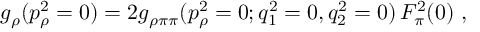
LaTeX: g _ { \rho } ( p _ { \rho } ^ { 2 } = 0 ) = 2 g _ { \rho \pi \pi } ( p _ { \rho } ^ { 2 } = 0 ; q _ { 1 } ^ { 2 } = 0 , q _ { 2 } ^ { 2 } = 0 ) \, F _ { \pi } ^ { 2 } ( 0 ) \ ,